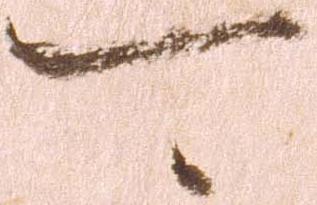
可